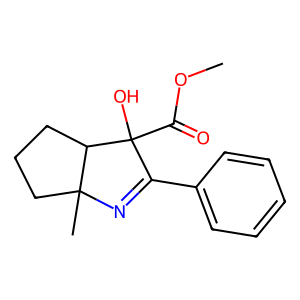
SMILES: COC(=O)C1(O)C(c2ccccc2)=NC2(C)CCCC21
Inhibits HIV replication: No